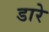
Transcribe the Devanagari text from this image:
डारे